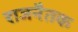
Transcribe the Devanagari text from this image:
राजनैतक